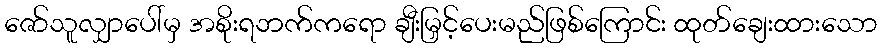
ဇော်သူလျှာပေါ်မှ အစိုးရဘက်ကရော ချီးမြှင့်ပေးမည်ဖြစ်ကြောင်း ထုတ်ချေးထားသော